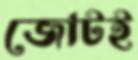
জোটই